Scottish Leaving Certificate Examination, 1957
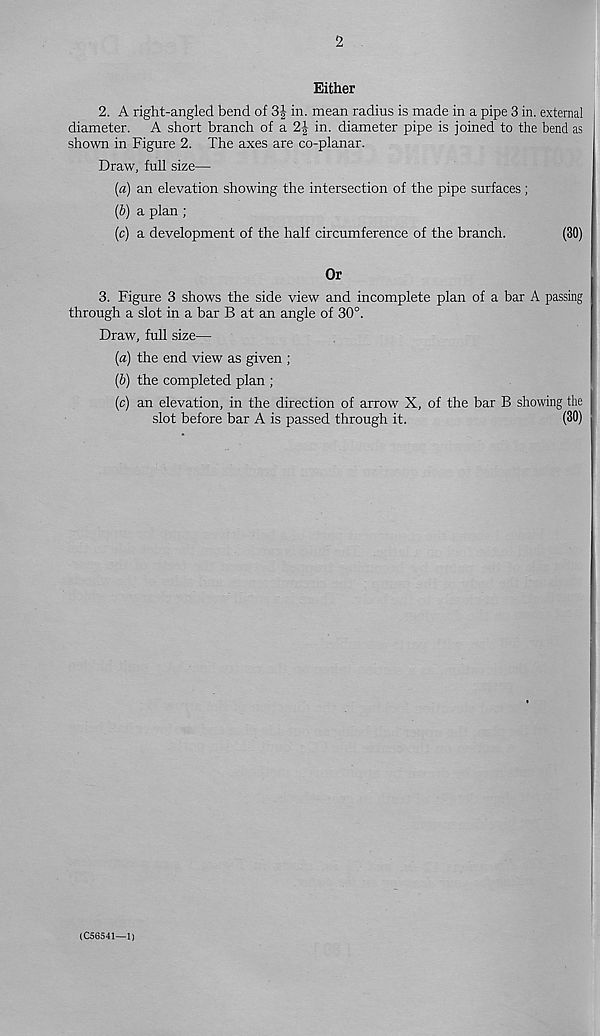
2
Either
2. A right-angled bend of 3J in. mean radius is made in a pipe 3 in. external
diameter. A short branch of a 2J in. diameter pipe is joined to the bend as
shown in Figure 2. The axes are co-planar.
Draw, full size—
{a) an elevation showing the intersection of the pipe surfaces;
(6) a plan ;
(c) a development of the half circumference of the branch.
(30)
Or
3. Figure 3 shows the side view and incomplete plan of a bar A passing
through a slot in a bar B at an angle of 30°.
Draw, full size—
(a) the end view as given ;
(&) the completed plan ;
(c) an elevation, in the direction of arrow X, of the bar B showing the
slot before bar A is passed through it.
(30)
(C56541—1)